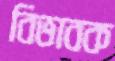
বিভাবক